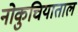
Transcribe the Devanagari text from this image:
नोकुचियाताल